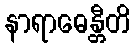
နာရာဓေန္တီတိ